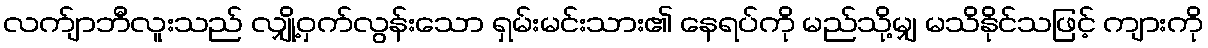
လက်ျာဘီလူးသည် လျှို့ဝှက်လွန်းသော ရှမ်းမင်းသား၏ နေရပ်ကို မည်သို့မျှ မသိနိုင်သဖြင့် ကျားကို